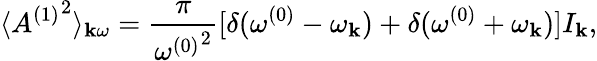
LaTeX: \langle{A^{(1)}}^{2}\rangle_{{\mathbf k}\omega}={\frac{\pi}{{\omega^{(0)}}^{2}}}[\delta(\omega^{(0)}-\omega_{\mathbf k})+\delta(\omega^{(0)}+\omega_{\mathbf k})]I_{\mathbf k},